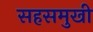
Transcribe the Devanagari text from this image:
सहसमुखी